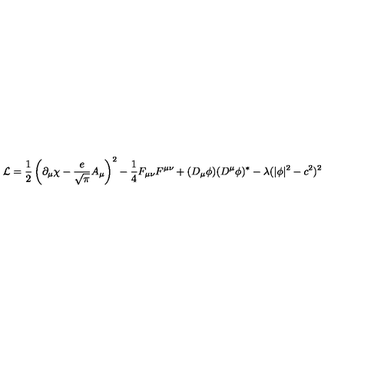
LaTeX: { \cal L } = \frac { 1 } { 2 } \left( \partial _ { \mu } \chi - \frac { e } { \sqrt { \pi } } A _ { \mu } \right) ^ { 2 } - \frac { 1 } { 4 } F _ { \mu \nu } F ^ { \mu \nu } + ( D _ { \mu } \phi ) ( D ^ { \mu } \phi ) ^ { * } - \lambda ( | \phi | ^ { 2 } - c ^ { 2 } ) ^ { 2 }